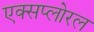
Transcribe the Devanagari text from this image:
एक्सप्लोरल